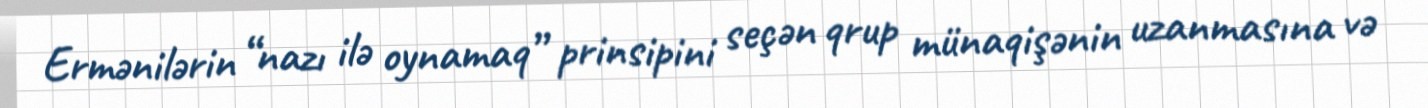
Ermənilərin “nazı ilə oynamaq” prinsipini seçən qrup münaqişənin uzanmasına və